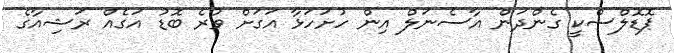
ޕޮޑޮލްސްކީ ގެންދަން އާސެނަލް އިން ހުށަހަޅާ އަގަށް ވުރެ ބޮޑު އަގެއް ރަޝިއާގެ